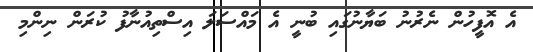
އެ އޮފީހުން ނެރުނު ބަޔާނުގައި ބުނީ އެ މައްސަލަ އިސްތިއުނާފު ކުރަން ނިންމި